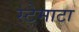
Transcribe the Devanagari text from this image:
स्टेमाटा